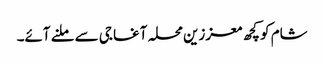
شام کو کچھ معززین محلہ آغا جی سے ملنے آئے۔